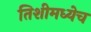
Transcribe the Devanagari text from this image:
तिशीमध्येच